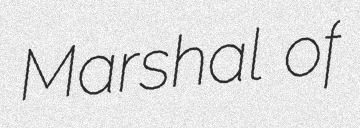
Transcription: Marshal of